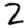
Digit: 2